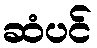
ဆံပင်